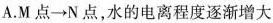
A.M点 \rightarrow N点，水的电离程度逐渐增大